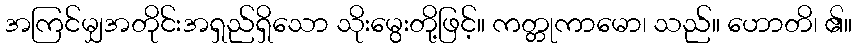
အကြင်မျှအတိုင်းအရှည်ရှိသော သိုးမွေးတို့ဖြင့်။ ကတ္တုကာမော၊ သည်။ ဟောတိ၊ ၏။